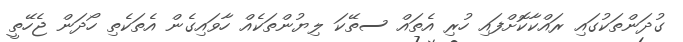
ގުދަންތަކުގައި ރައްކާކޮށްފައި ހުރި އެތައް ސތޭކަ ލިޔުންތަކެއް ހާވައިގެން އެތަކެތި ހޯދަން ޖެހޭތީ